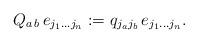
LaTeX: \begin{align*} Q_{a\,b}\,e_{j_{1}\dots j_{n}}:= q_{j_{a}j_{b}}\,e_{j_{1}\dots j_{n}}.\end{align*}